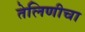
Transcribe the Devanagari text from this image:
तेलिणीचा